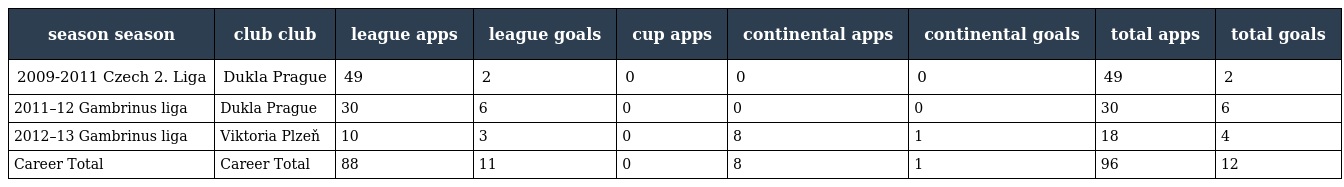
| season season | club club | league apps | league goals | cup apps | continental apps | continental goals | total apps | total goals |
 | --- | --- | --- | --- | --- | --- | --- | --- | --- |
 | 2009-2011 Czech 2. Liga | Dukla Prague | 49 | 2 | 0 | 0 | 0 | 49 | 2 |
 | 2011–12 Gambrinus liga | Dukla Prague | 30 | 6 | 0 | 0 | 0 | 30 | 6 |
 | 2012–13 Gambrinus liga | Viktoria Plzeň | 10 | 3 | 0 | 8 | 1 | 18 | 4 |
 | Career Total | Career Total | 88 | 11 | 0 | 8 | 1 | 96 | 12 |